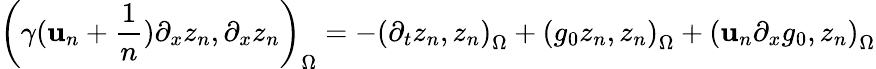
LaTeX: \left(\gamma(\mathbf{u}_{n}+\frac{{1}}{{n}})\partial_{x}z_{n},\partial_{x}z_{n}\right)_{\Omega}=-\left(\partial_{t}z_{n},z_{n}\right)_{\Omega}+\left(g_{0}z_{n},z_{n}\right)_{\Omega}+\left(\mathbf{u}_{n}\partial_{x}g_{0},z_{n}\right)_{\Omega}